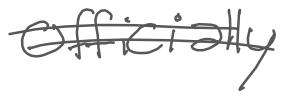
Text: officially
Cross-out: double-line
Writing tool: digital_gray